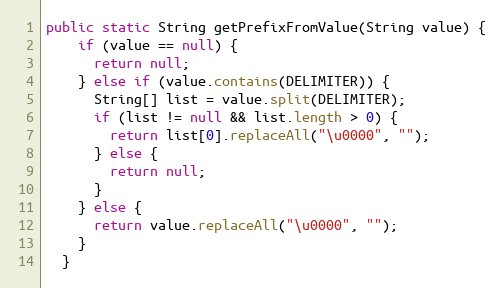
Language: Java
public static String getPrefixFromValue(String value) {
    if (value == null) {
      return null;
    } else if (value.contains(DELIMITER)) {
      String[] list = value.split(DELIMITER);
      if (list != null && list.length > 0) {
        return list[0].replaceAll("\u0000", "");
      } else {
        return null;
      }
    } else {
      return value.replaceAll("\u0000", "");
    }
  }